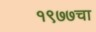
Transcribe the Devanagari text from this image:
१९७७चा